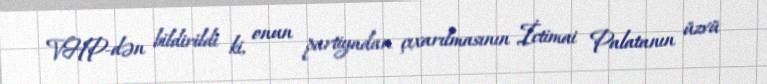
VHP-dən bildirildi ki, onun partiyadan çıxarılmasının İctimai Palatanın üzvü